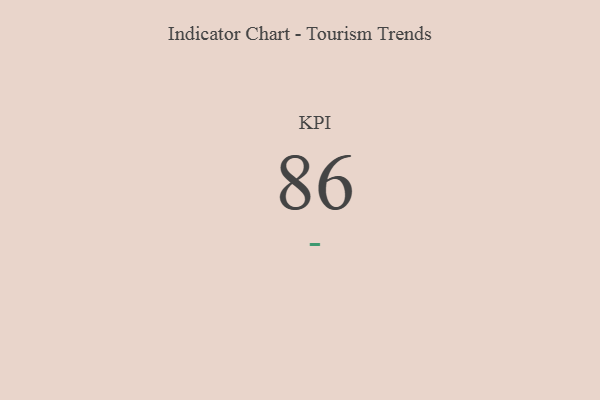
{"axis": {"x": "KPI", "y": "Value"}, "legend": [""], "data": [{"x": "KPI", "y": 86, "type": ""}]}